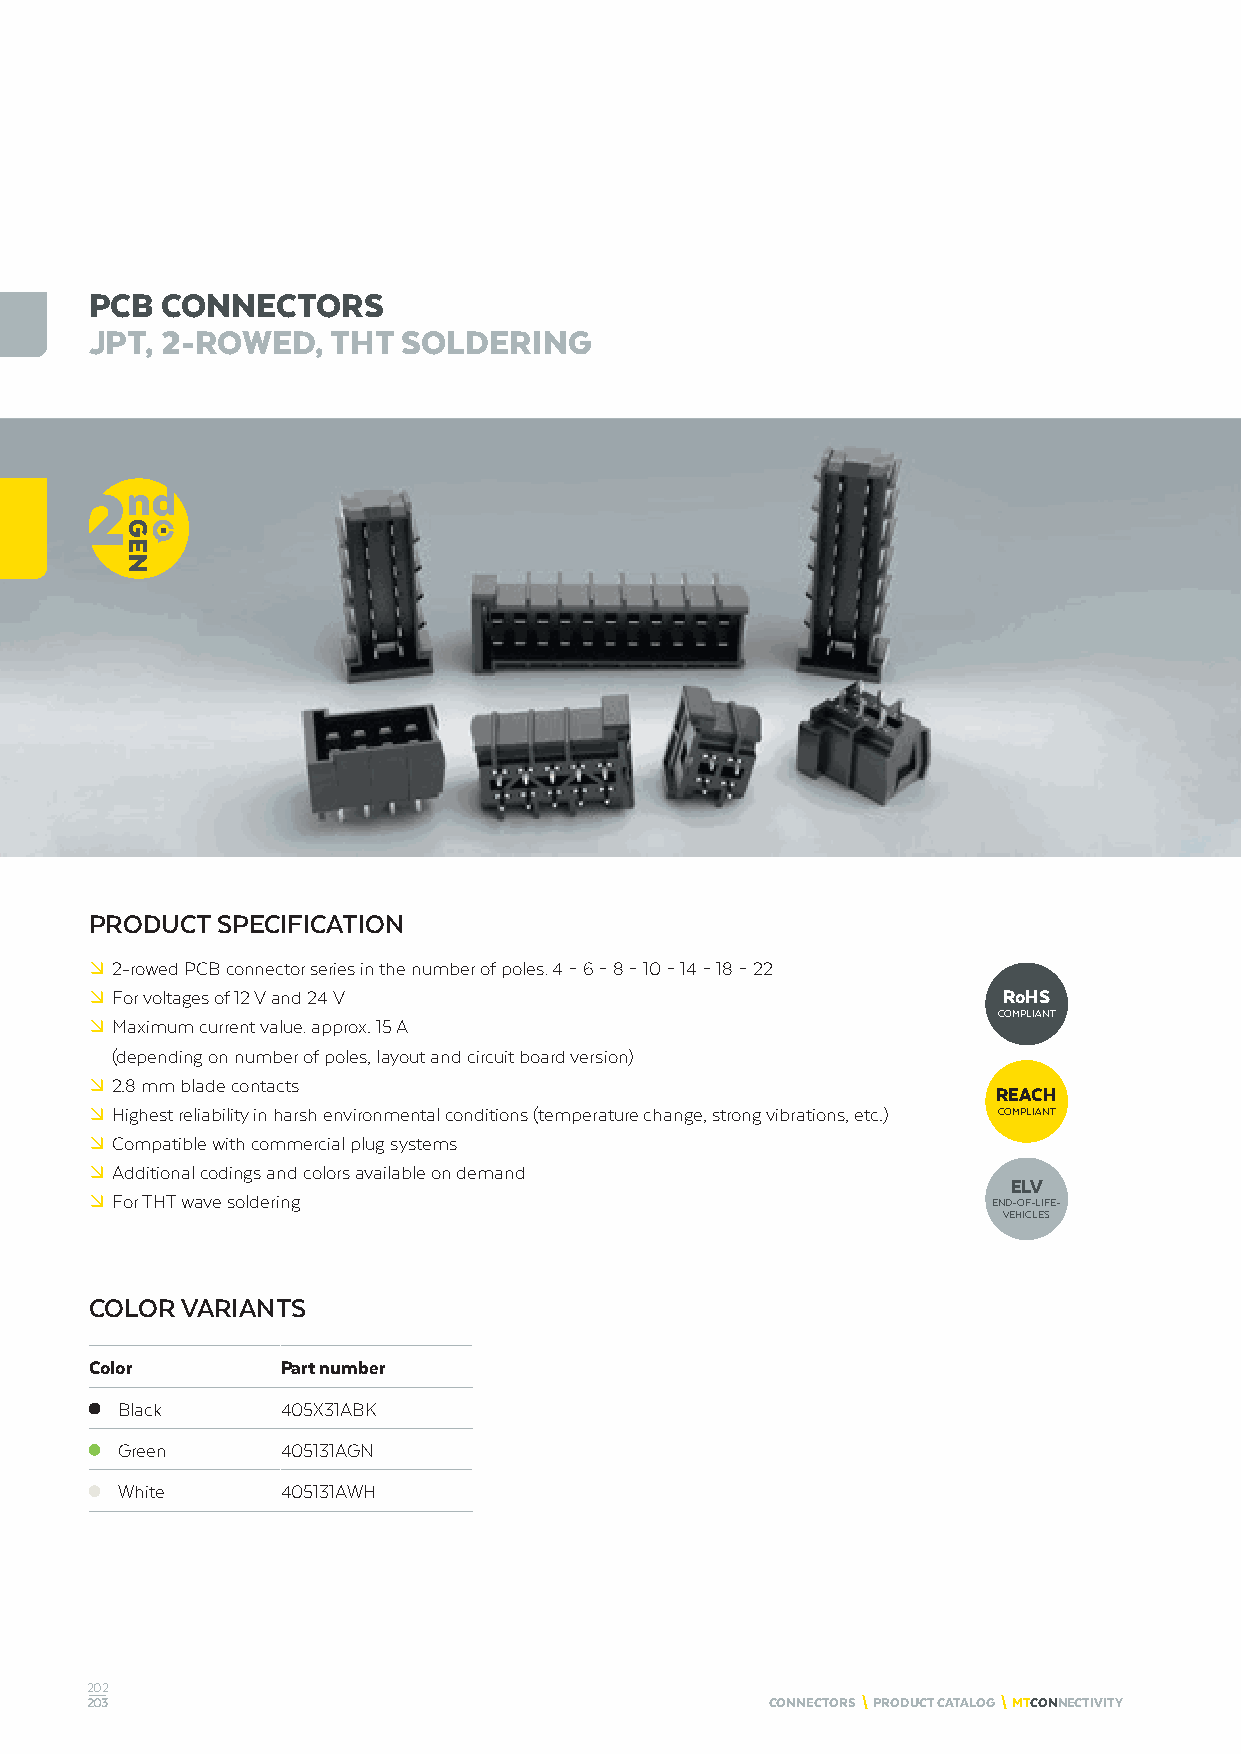
PCB  CONNECTORS
 JPT, 2-ROWED,   THT  SOLDERING
 PRODUCT SPECIFICATION
 º 2-rowed PCB connector series in the number of poles: 4 – 6 – 8 – 10 – 14 – 18 – 22
 º For voltages of 12 V and 24 V                             RoHS
 COMPLIANT
 º Maximum current value: approx. 15 A
 (depending on number of poles, layout and circuit board version)
 º 2.8 mm blade contacts
 REACH
 º Highest reliability in harsh environmental conditions (temperature change, strong vibrations, etc.) COMPLIANT
 º Compatible with commercial plug systems
 º Additional codings and colors available on demand
 ELV
 º For THT wave soldering                                    END-OF-LIFE-
 VEHICLES
 COLOR VARIANTS
 Color        Part number
 Black      405X31ABK
 Green      405131AGN
 White      405131AWH
 202
 203                                          CONNECTORS \ PRODUCT CATALOG \ MTCONNECTIVITY